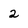
Character: 2